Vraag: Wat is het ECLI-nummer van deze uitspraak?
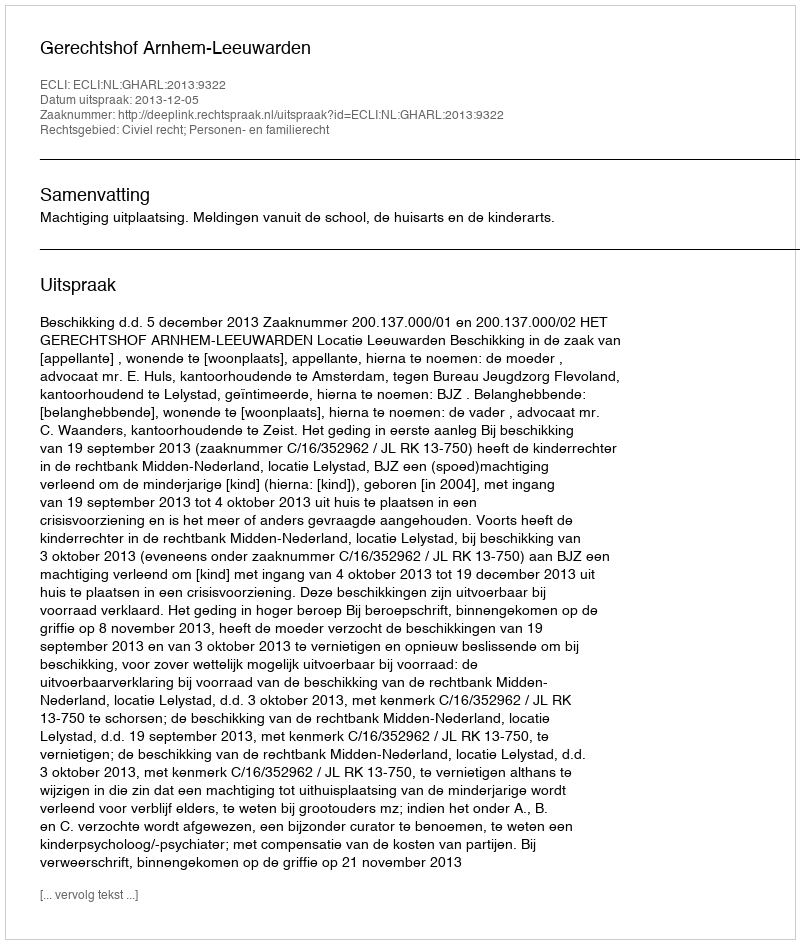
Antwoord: ECLI:NL:GHARL:2013:9322